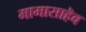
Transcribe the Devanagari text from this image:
मामासाहॆब